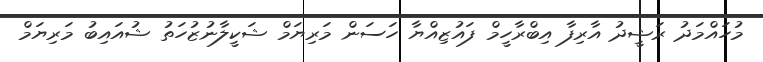
މުހައްމަދު ރަޝީދު އާރިފާ އިބްރާހީމް ފައުޒިއްޔާ ހަސަން މަރިޔަމް ޝަކީލާނުޒުހަތު ޝުއައިބު މަރިޔަމް